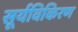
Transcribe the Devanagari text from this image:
सूर्यविकिरण